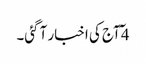
4 ٓآج کی اخبار آ گئی۔